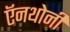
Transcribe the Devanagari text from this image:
ऍनथोनी